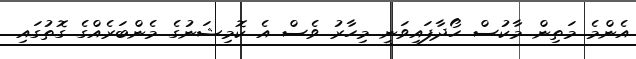
އެންމެ މަތިން މާކުސް ހޯދާފައިވަނީ މިހާރު ވެސް އެ ކޮމިޝަނުގެ މެންބަރެއްގެ ގޮތުގައި